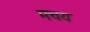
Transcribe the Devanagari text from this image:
मचय